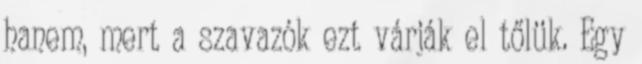
hanem, mert a szavazók ezt várják el tőlük. Egy